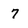
Character: 7